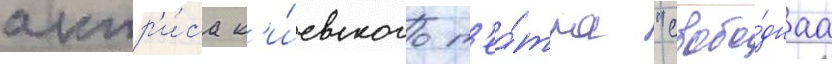
актр'и́са к'и́евского т'еа́тра "свобо́днаа